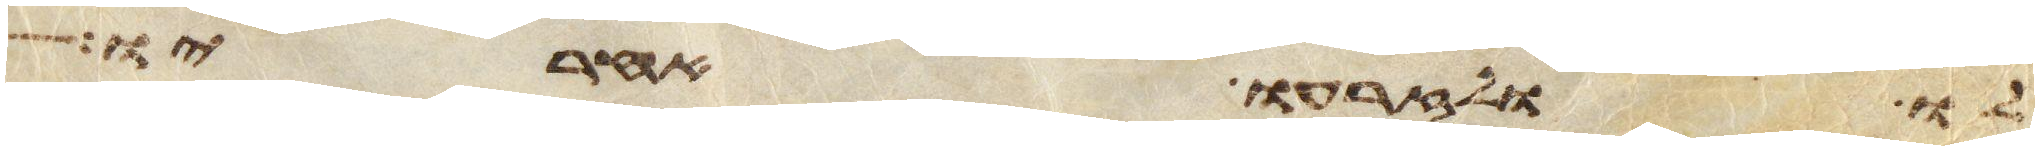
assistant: לו ולזרעו אחריו